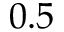
0 . 5